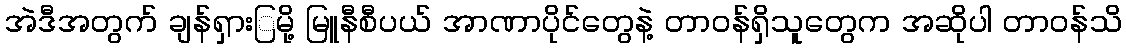
အဲဒီအတွက် ချန်ရှားြမို့ မြူနီစီပယ် အာဏာပိုင်တွေနဲ့ တာဝန်ရှိသူတွေက အဆိုပါ တာဝန်သိ